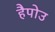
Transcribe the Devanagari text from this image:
हैपोउ